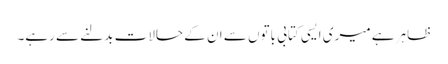
ظاہر ہے میری ایسی کتابی باتوں سے ان کے حالات بدلنے سے رہے۔